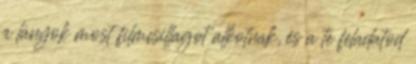
a lányok most filmcsillagot alkotnak, és a te feladatod